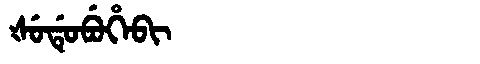
Manchu: ᡧᡠᡩᡠᠪᡠᡥᡝᠪᡳ
Romanization: ŠUDUBUHEBI